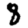
Digit: 8